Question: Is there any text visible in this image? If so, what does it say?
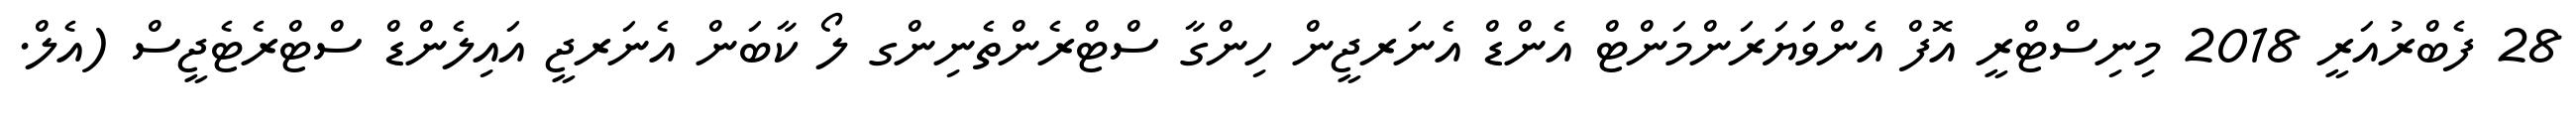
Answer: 28 ފެބްރުއަރީ 2018 މިނިސްޓްރީ އޮފް އެންވަޔަރަންމަންޓް އެންޑް އެނަރޖީން ހިންގާ ސްޓްރެންތެނިންގ ލޯ ކާބަން އެނަރޖީ އައިލެންޑް ސްޓްރެޓެޖީސް (އެލް.